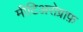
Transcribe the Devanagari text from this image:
मीटिअरोग्राफ़